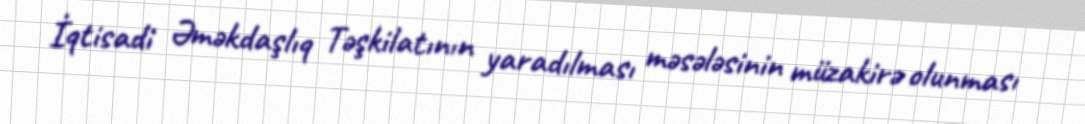
İqtisadi Əməkdaşlıq Təşkilatının yaradılması məsələsinin müzakirə olunması